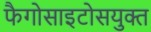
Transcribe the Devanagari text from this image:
फैगोसाइटोसयुक्त